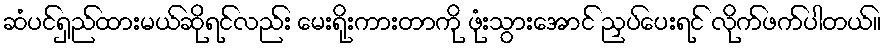
ဆံပင်ရှည်ထားမယ်ဆိုရင်လည်း မေးရိုးကားတာကို ဖုံးသွားအောင် ညှပ်ပေးရင် လိုက်ဖက်ပါတယ်။